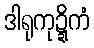
ဒါရုကုဍ္ဍိကံ